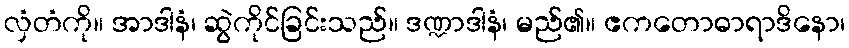
လှံတံကို။ အာဒါနံ၊ ဆွဲကိုင်ခြင်းသည်။ ဒဏ္ဍာဒါနံ၊ မည်၏။ ဧကတောဓာရာဒိနော၊